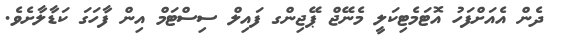
ދެން އެއަށްފަހު އޮޓަމެޓިކަލީ މެނޭޖް ޕޭޖިންގ ފައިލް ސިސްޓަމް އިން ފާހަގަ ކަޑާލާށެވެ.